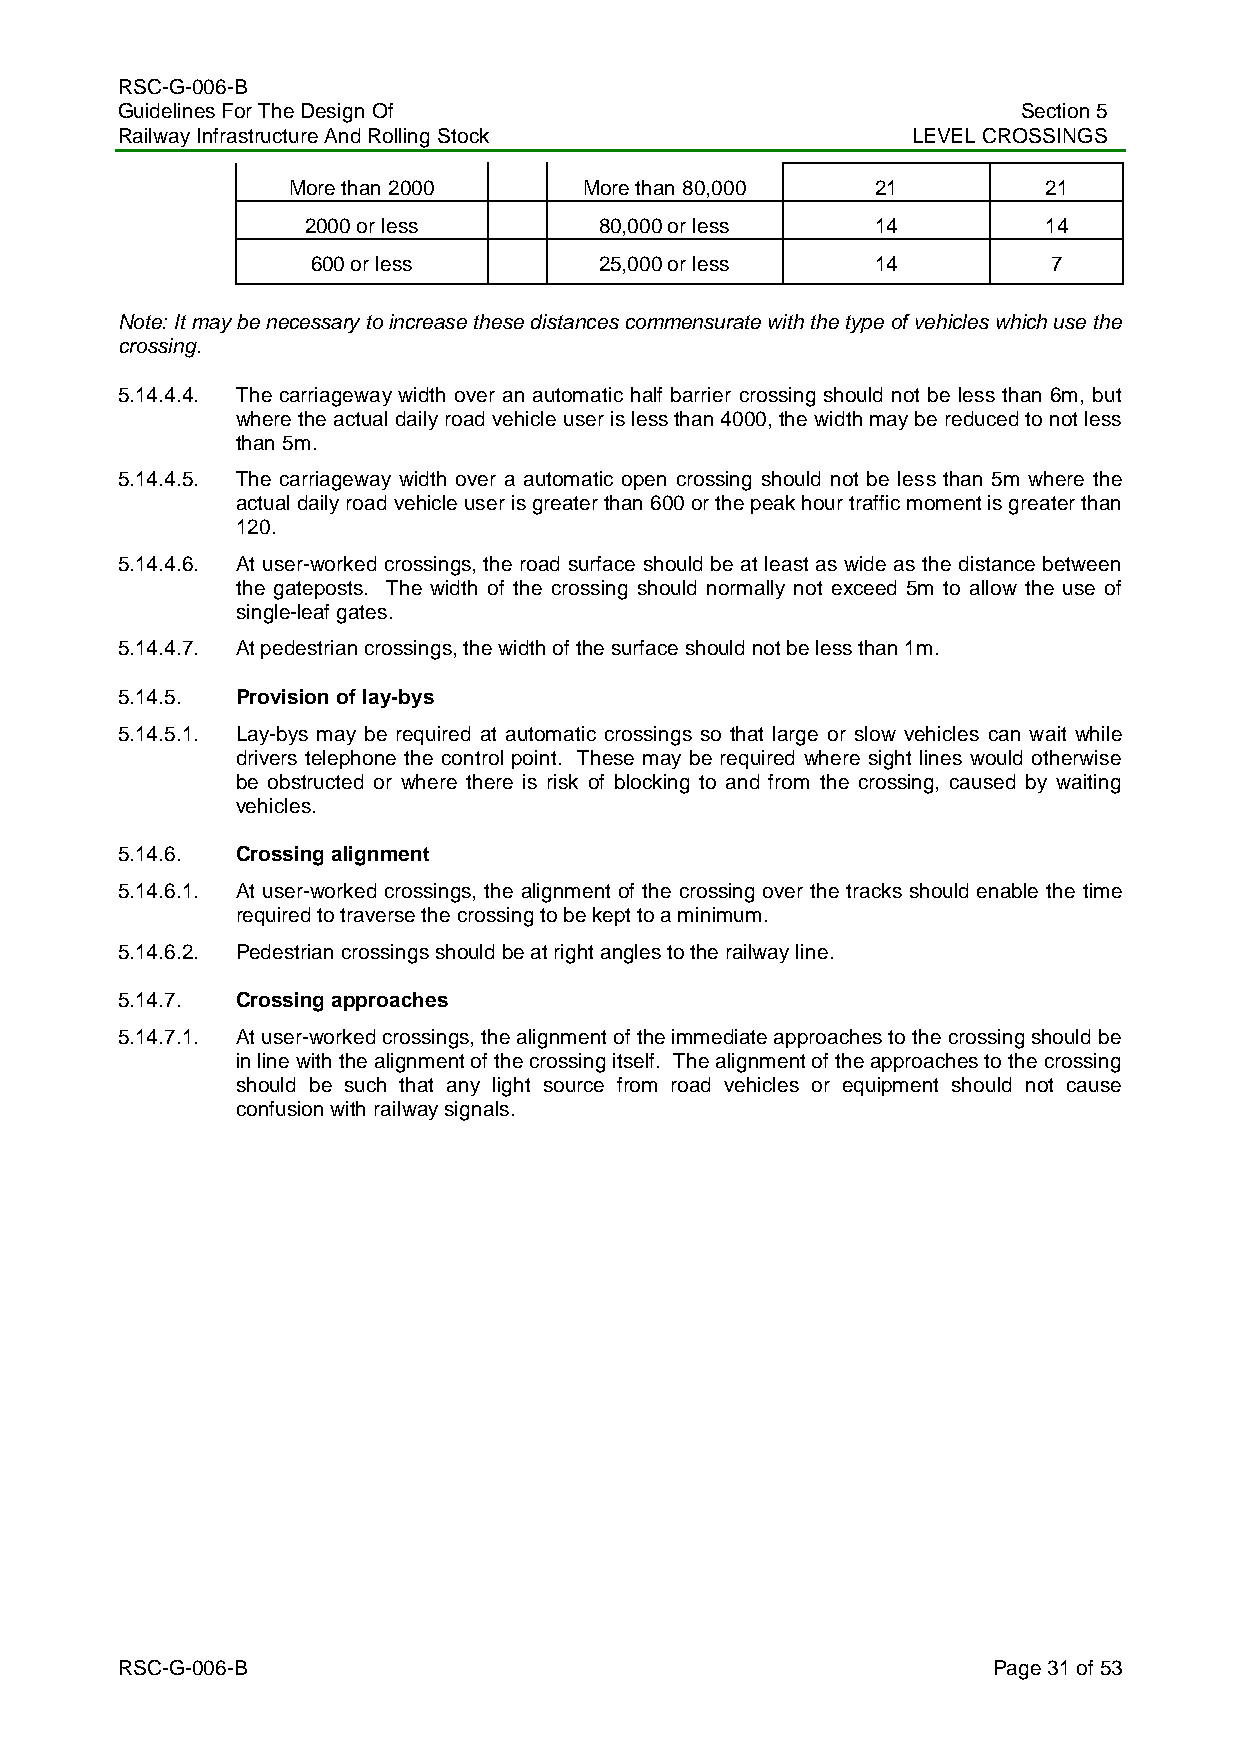
RSC-G-006-B
 Guidelines For The Design Of                                Section 5
 Railway Infrastructure And Rolling Stock            LEVEL CROSSINGS
 More than 2000      More than 80,000   21         21
 2000 or less        80,000 or less    14         14
 600 or less        25,000 or less    14          7
 Note: It may be necessary to increase these distances commensurate with the type of vehicles which use the
 crossing.
 5.14.4.4. The carriageway width over an automatic half barrier crossing should not be less than 6m, but
 where the actual daily road vehicle user is less than 4000, the width may be reduced to not less
 than 5m.
 5.14.4.5. The carriageway width over a automatic open crossing should not be less than 5m where the
 actual daily road vehicle user is greater than 600 or the peak hour traffic moment is greater than
 120.
 5.14.4.6. At user-worked crossings, the road surface should be at least as wide as the distance between
 the gateposts. The width of the crossing should normally not exceed 5m to allow the use of
 single-leaf gates.
 5.14.4.7. At pedestrian crossings, the width of the surface should not be less than 1m.
 5.14.5. Provision of lay-bys
 5.14.5.1. Lay-bys may be required at automatic crossings so that large or slow vehicles can wait while
 drivers telephone the control point. These may be required where sight lines would otherwise
 be obstructed or where there is risk of blocking to and from the crossing, caused by waiting
 vehicles.
 5.14.6. Crossing alignment
 5.14.6.1. At user-worked crossings, the alignment of the crossing over the tracks should enable the time
 required to traverse the crossing to be kept to a minimum.
 5.14.6.2. Pedestrian crossings should be at right angles to the railway line.
 5.14.7. Crossing approaches
 5.14.7.1. At user-worked crossings, the alignment of the immediate approaches to the crossing should be
 in line with the alignment of the crossing itself. The alignment of the approaches to the crossing
 should be such that any light source from road vehicles or equipment should not cause
 confusion with railway signals.
 RSC-G-006-B                                               Page 31 of 53